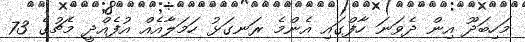
މަހިބަދޫ އިން ދެވަނަ ހާފްގައި އެންމެ ރަނގަޅު ހަމަލާއެއް އުފެއްދީ މެޗުގެ 73